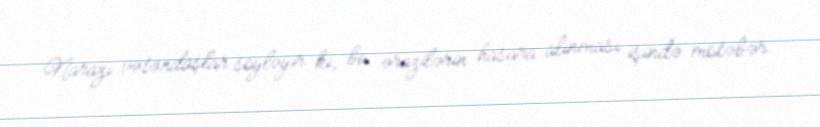
Narazı vətəndaşlar söyləyir ki, bu ərazilərin hasara alınması işində mötəbər